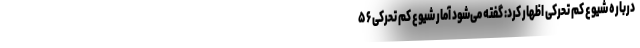
درباره شیوع کم تحرکی اظهار کرد: گفته می‌شود آمار شیوع کم تحرکی ۵۶